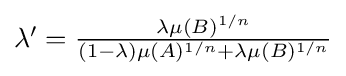
{\textstyle \lambda '={\frac {\lambda \mu (B)^{1/n}}{(1-\lambda )\mu (A)^{1/n}+\lambda \mu (B)^{1/n}}}}